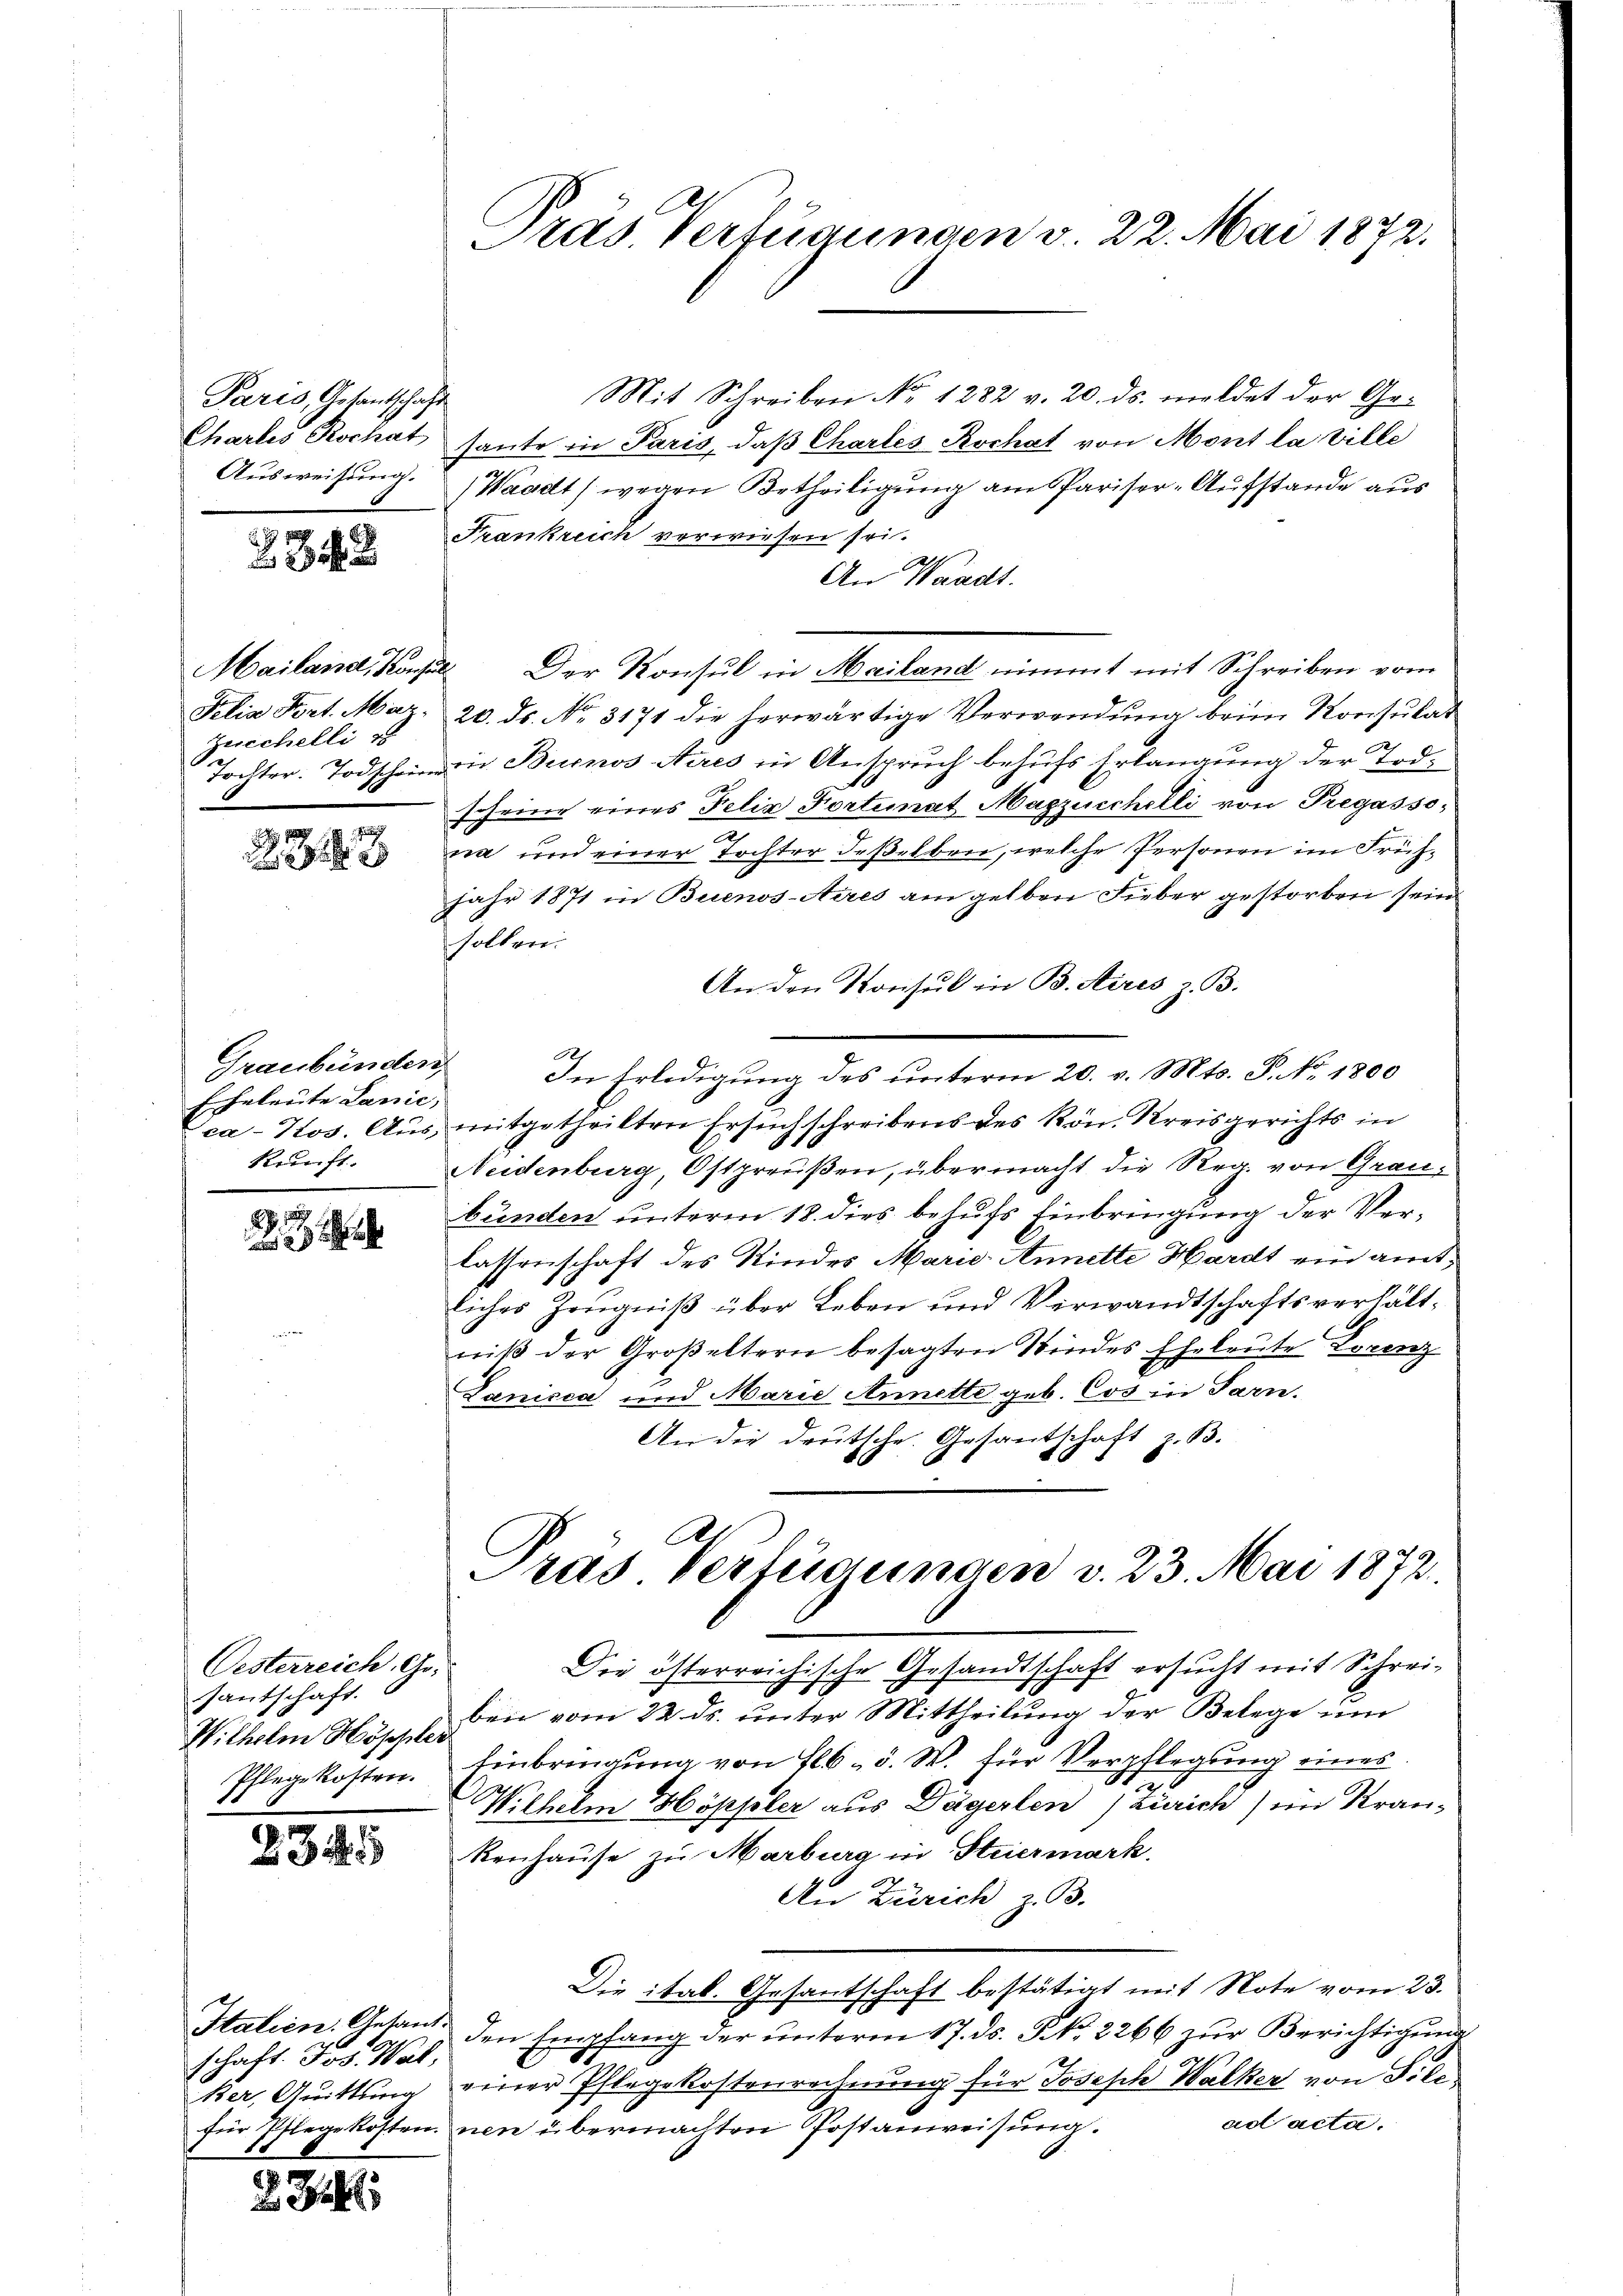
Paris Gesantschaf
Chartes Rochat
Ausweisung.

242

Felia Fort. Maz-
Zeichelli sch

323

Graubünden
Eheleute Lanic,
kruft.

Oesterreich, Ge-
santschaft.
Wilhelm Höppler
Phlege kosten.
1

23

schaft. Jos. Wal,

28

Pras. Verfügungen v. 22. Mai 1872.

Mit Schreiben No 1282 v. 20. ds. meldet der Get
haute in Paris, daß Chartes Rochat von Mont la ville
(Waadt, wegen Betheiligung am Pariser-Aufstande aus
Frankreich verwiesen sei.
An Waadt.
Mailand, Kapel. Der Konsul in Mailand nimmt mit Schreiben vom
20. ds. No. 3171 die herwärtige Verwendung beim Konsulat
Tochter. Todschein in Buenos Aires in Anspruch behufs Erlangung der Todscheine eines Felix Fortimat Magzuschelli von Pregasso-
cia und einer Tochter deßelben, welche Personen im Früh¬
Jahr 1871 in Buenos-Aires am gelben Fieber gestorben sein
sollen.
An den Konsul in B. Aires z. B.

In Erledigung des unterm 20. v. Mts. S. No. 1800
ca-Kos. Aus mitgetheilten Ersuchschreibens des Rön. Kreisgerichts in
Neidenburg, Ostpreußen, übermacht die Reg. von Graubunden unterm 18. dies behufs Einbringung der Verlassenschaft des Kindes Marie Annette Hardt ein amtliches Zeugniß über Leben und Verwandtschaftsverhältniβ der Großeltern besagten Kindes Eheleute Lorenz
Lanicca und Marie Annette geb. Cos in Sarn.
An die deutsche Gesantschaft z. B.
.

Pras. Verfügungen v. 23. Mai 1872.

Die österreichische Gesandtschaft ersucht mit Schreibei vom 22. ds. unter Mittheilung der Belege um
Einbringung von 16. d. W. für Verpflegung eines
Wilhelm Höppler aus Dägerlen (Zürich) ein Kran-
kenhause zu Marburg in Steiermark.
An Zürich z. B.
Die ital. Gesantschaft bestätigt mit Note vom 23.
Italien. Gesand den Empfang der ŭnterm 17. ds. S. 2266 zŭr Berichtigŭng
ker, Quittung einer Pflegekostenrechnung für Joseph Walker von Silead acta.
für Pflegekosten nen übermachten Postanweisung.